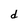
Character: d